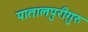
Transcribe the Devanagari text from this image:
पातालपुरीगुरु